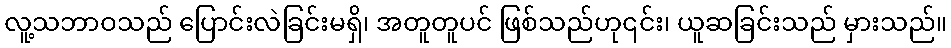
လူ့သဘာဝသည် ပြောင်းလဲခြင်းမရှိ၊ အတူတူပင် ဖြစ်သည်ဟု၎င်း၊ ယူဆခြင်းသည် မှားသည်။